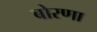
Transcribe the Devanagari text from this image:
बोरणा